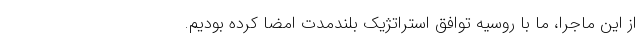
از این ماجرا، ما با روسیه توافق استراتژیک بلندمدت امضا کرده بودیم.